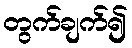
တွက်ချက်၍